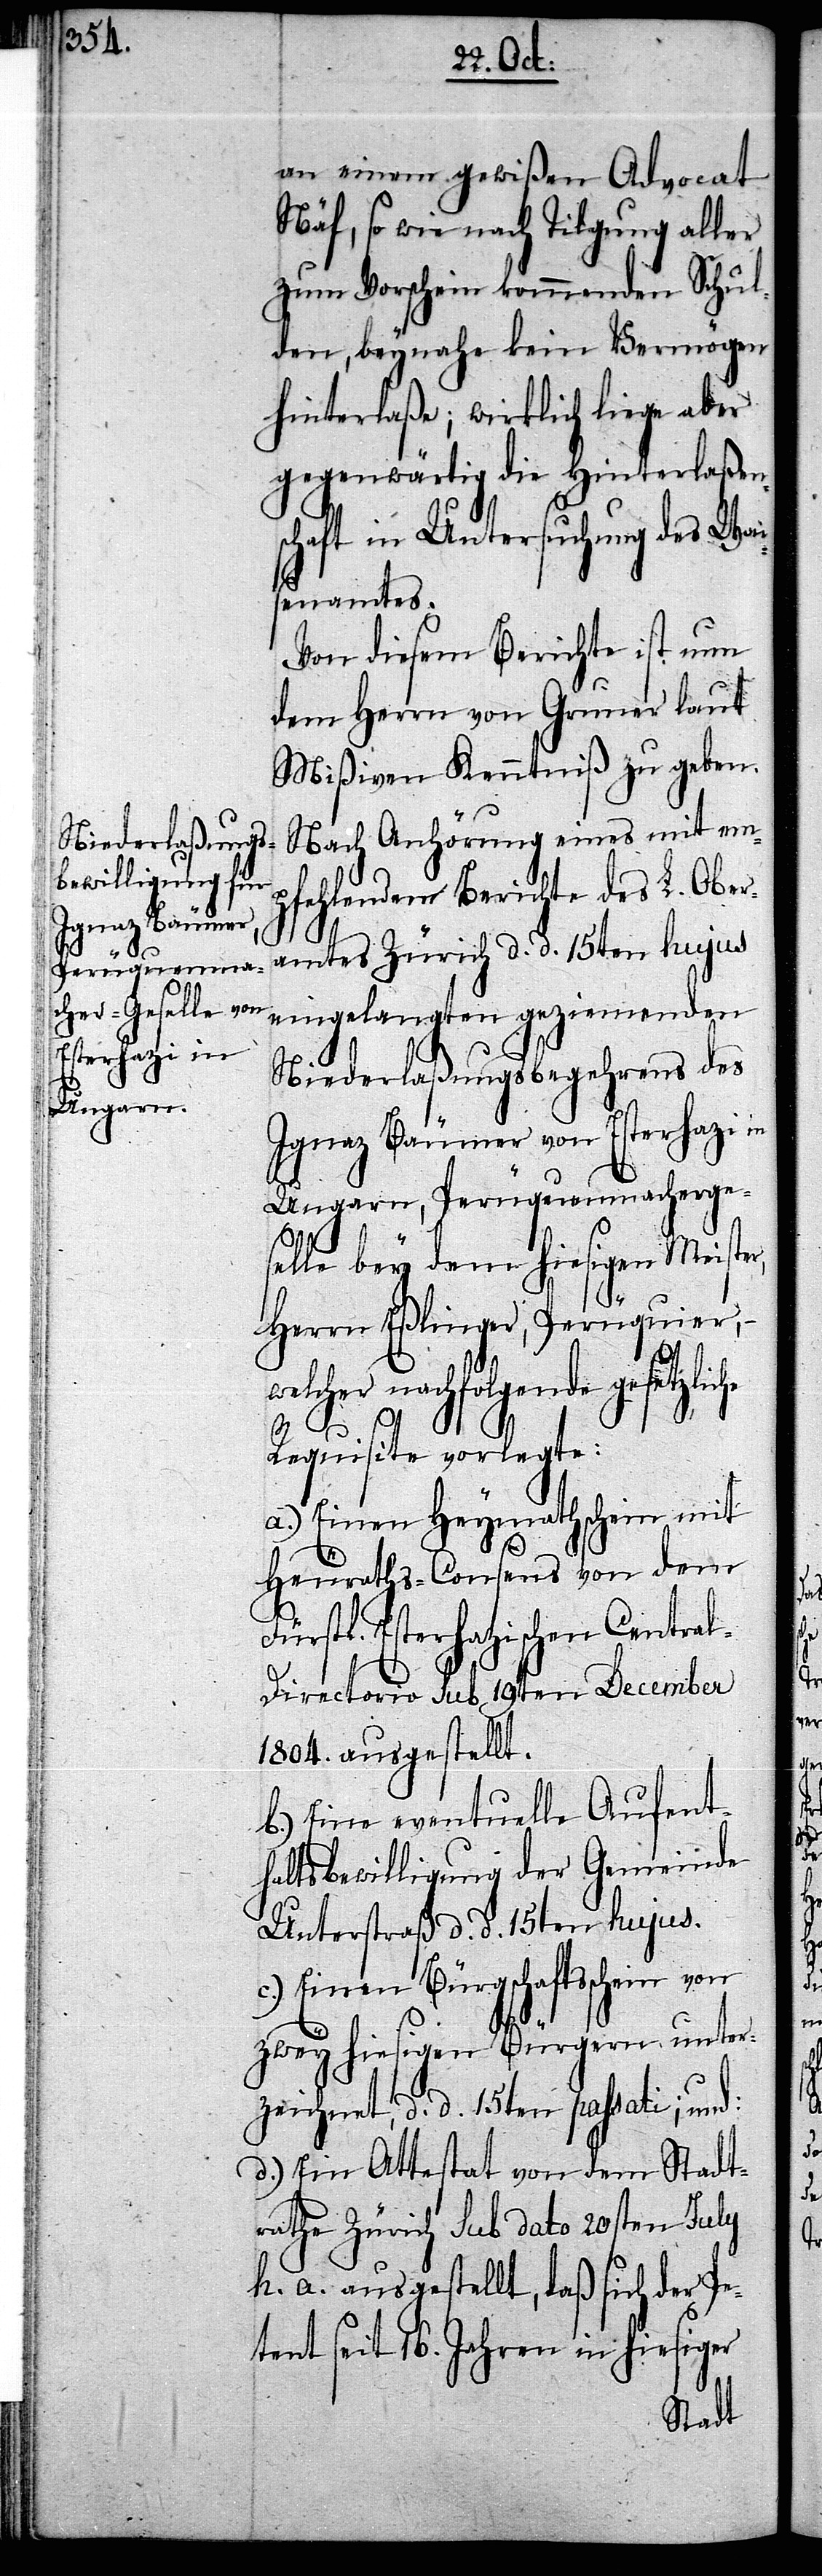
an einem gewißen Advocat
Näf, so wie nach Tilgung aller
zum Vorschein kommenden Schul¬
den, beynahe kein Vermögen
hinterlaße; wirklich liege aber
gegenwärtig die Hinterlaßen¬
schaft in Untersuchung des Wai¬
senamtes.
Von diesem Berichte ist nun
dem Herrn von Gruner laut
Mißiven Kenntniß zu geben.
Nach Anhörung eines mit em¬
pfehlendem Berichte des L. Ober¬
amtes Zürich d. d. 15ten hujus
eingelangten geziemenden
Niederlaßungsbegehrens des
Ignaz Bäumer von Esterhazi in
Ungarn, Perüquenmacherges¬
elle bey dem hiesigen Meister,
Herrn Eßlinger, Perüquier,
–
welcher nachfolgende gesetzliche
Requisite vorlegte:
a.) Einen Heymathschein mit
Heuraths-Consens von dem
Fürstl. Esterhazischen Centra¬
l-Directorio sub 19ten December
1804. ausgestellt.
b.) Eine eventuelle Aufent¬
haltsbewilligung der Gemeinde
Unterstraß d. d. 15ten hujus.
c.) Einen Bürgschaftsschein von
zwey hiesigen Bürgern unter¬
zeichnet, d. d. 15ten passati; und:
d.) Ein Attestat von dem Stadt¬
rathe Zürich sub dato 20sten July
h. a. ausgestellt, daß sich der Pe¬
tent seit 16. Jahren in hiesiger